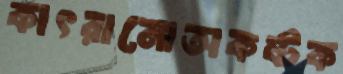
কাৎরানোঅকষ্টক